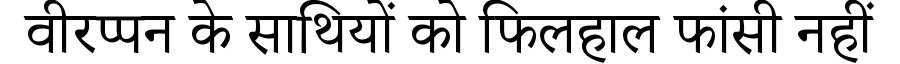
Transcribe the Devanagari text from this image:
वीरप्पन के साथियों को फिलहाल फांसी नहीं